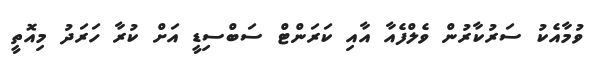
ވުމާއެކު ސަރުކާރުން ވެލްފެއާ އާއި ކަރަންޓް ސަބްސިޑީ އަށް ކުރާ ހަރަދު މިއޮތީ